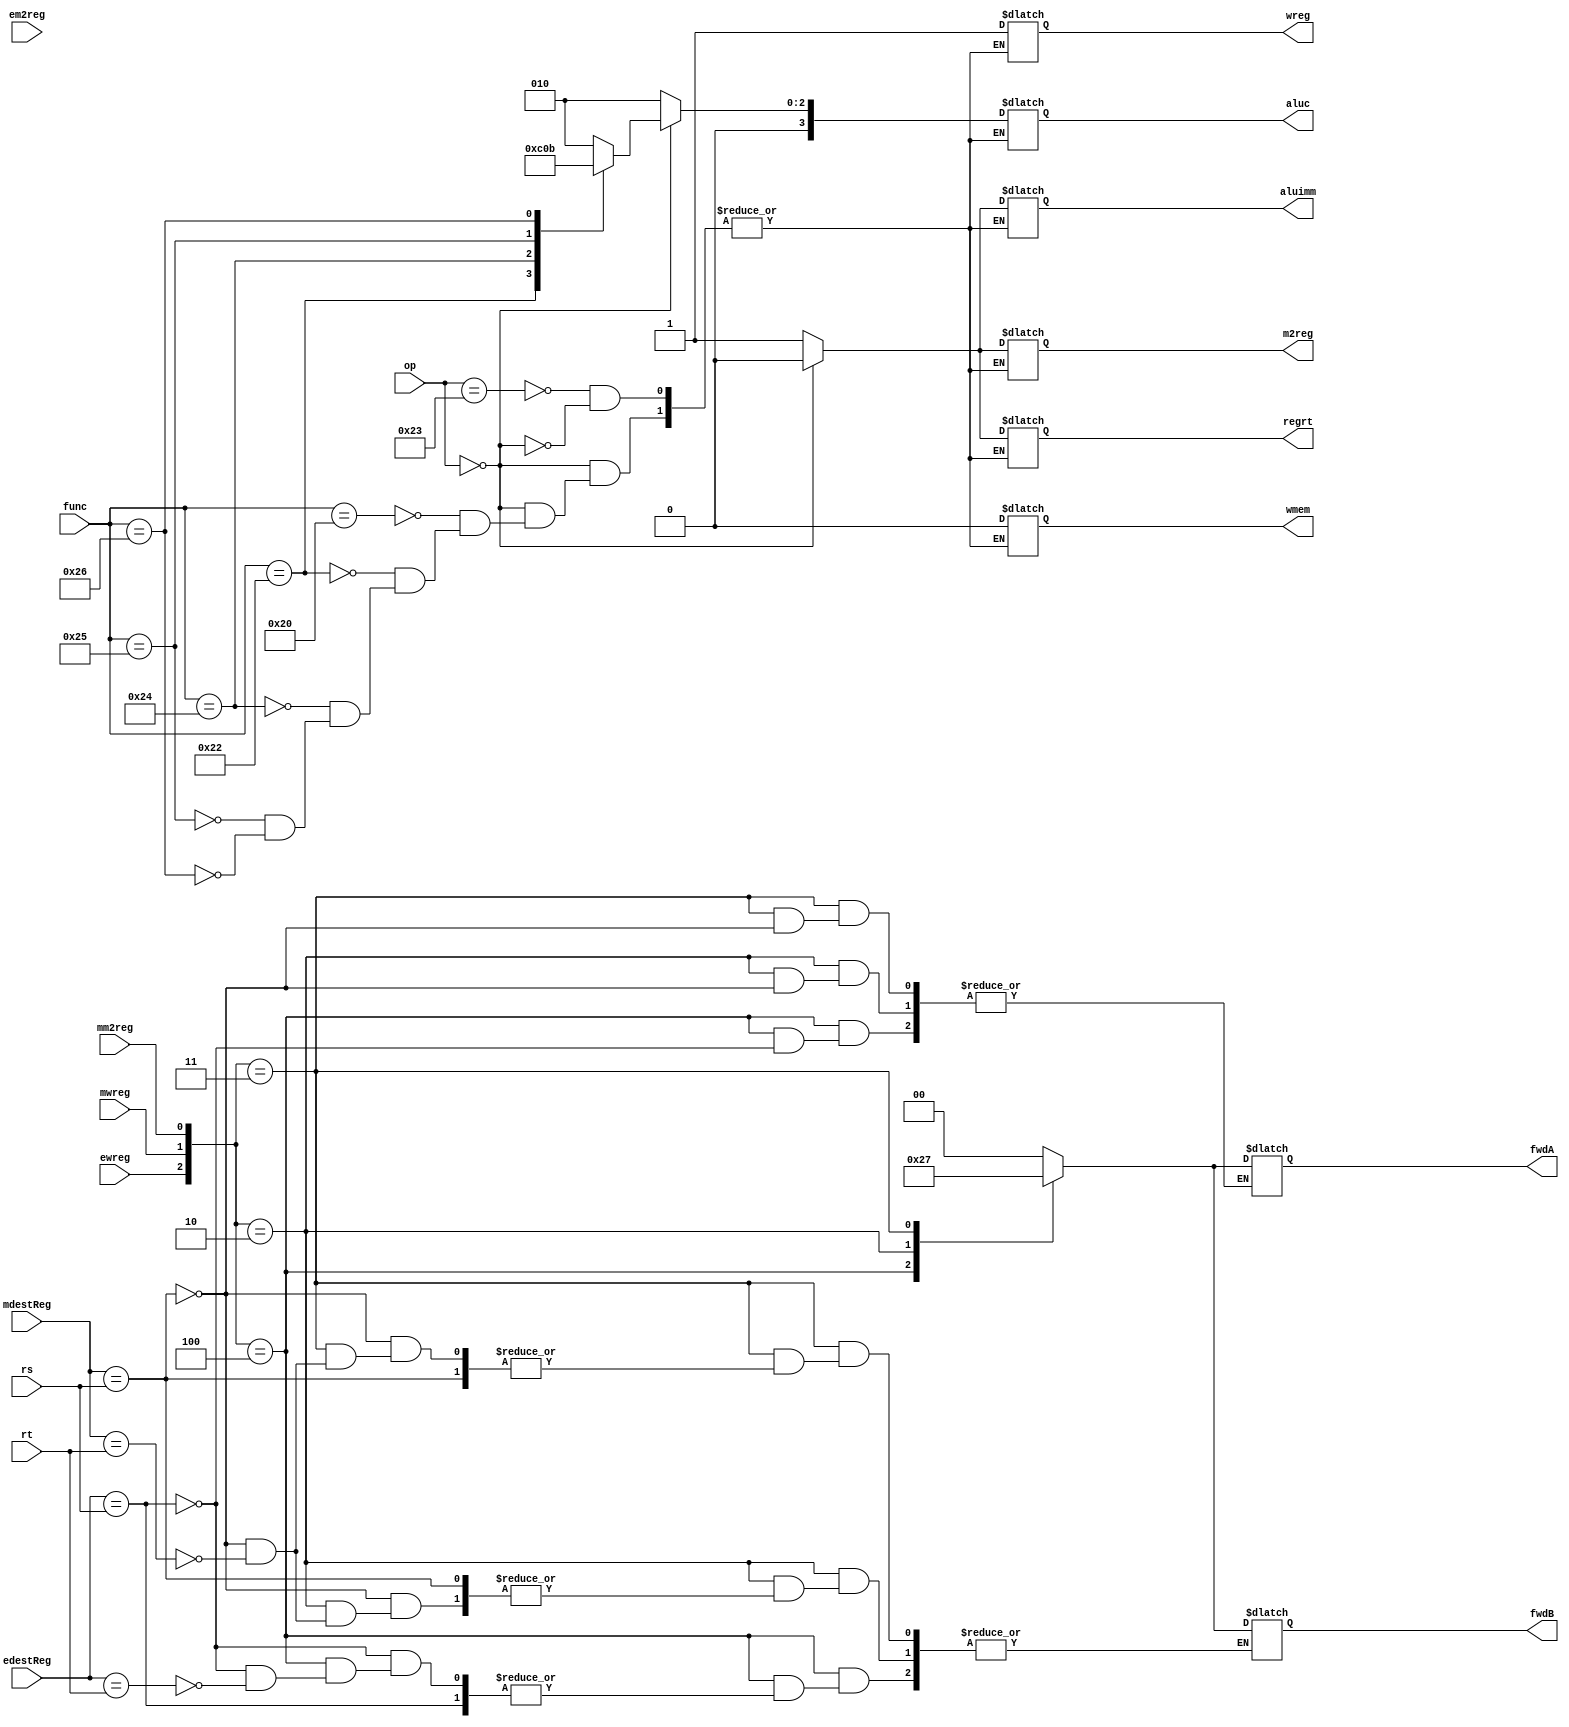
`timescale 1ns / 1ps
//////////////////////////////////////////////////////////////////////////////////
// School: PSU Main Campus
// Name: Justin Ngo
// 
// Project Name: Final Project Piplelined CPU
// Modules Contained: controlUnit, regMUX, fwdMUXA. fwdMUXB, e, IDEXE
//////////////////////////////////////////////////////////////////////////////////

// Module      : Control Unit
// Description : On signal change, set control signals based on op and func, set forwarding signals based on edestReg, mdestReg, and mm2reg
// Input(s)    : op, func, rs, rt, edestReg, ewreg, em2reg, mdestReg, mwreg, mm2reg
// Output(s)   : wreg, m2reg, wmem, aluc, aluimm, regrt, fwdA, fwdB
module controlUnit(
    input [5:0] op, 
    input [5:0] func,
    input [4:0] rs,
    input [4:0] rt,
    
    //exe stage signals
    input [4:0] edestReg,
    input ewreg,
    input em2reg,

    //mem stage signals
    input [4:0] mdestReg,
    input mwreg,
    input mm2reg,

    output reg wreg, 
    output reg m2reg, 
    output reg wmem, 
    output reg[3:0] aluc, 
    output reg aluimm, 
    output reg regrt,
    output reg [1:0] fwdA,
    output reg [1:0] fwdB);
                    
    //instruction checks
    always @(*) begin
        case(op)
            //lw
            6'b100011:
                begin
                    wreg = 1'b1;
                    m2reg = 1'b1;
                    wmem = 1'b0;
                    aluc = 4'b0010;
                    aluimm = 1'b1;
                    regrt  = 1'b1;
                end
            
            //r type
            6'b000000:

                //func values come from https://inst.eecs.berkeley.edu/~cs61c/resources/MIPS_help.html
                begin case(func)
                    //add
                    6'b100000:
                        begin
                            wreg = 1'b1;
                            m2reg = 1'b0;
                            wmem = 1'b0;
                            aluc = 4'b0010;
                            aluimm = 1'b0;
                            regrt  = 1'b0;
                        end
                    
                    //sub
                    6'b100010:
                        begin
                            wreg = 1'b1;
                            m2reg = 1'b0;
                            wmem = 1'b0;
                            aluc = 4'b0110;
                            aluimm = 1'b0;
                            regrt  = 1'b0;
                        end
                    
                    //and
                    6'b100100:
                        begin
                            wreg = 1'b1;
                            m2reg = 1'b0;
                            wmem = 1'b0;
                            aluc = 4'b0000;
                            aluimm = 1'b0;
                            regrt  = 1'b0;
                        end
                    
                    //or
                    6'b100101:
                        begin
                            wreg = 1'b1;
                            m2reg = 1'b0;
                            wmem = 1'b0;
                            aluc = 4'b0001;
                            aluimm = 1'b0;
                            regrt  = 1'b0;
                        end
                    
                    //xor
                    6'b100110:
                        begin
                            wreg = 1'b1;
                            m2reg = 1'b0;
                            wmem = 1'b0;
                            aluc = 4'b0011;
                            aluimm = 1'b0;
                            regrt  = 1'b0;
                        end                        
                    endcase 
                end
        endcase
    end

    //forwarding checks
    always @(*) begin
        case({ewreg, mwreg, mm2reg})
            // Case 1
            4'b100: begin
                if(edestReg == rs)
                    fwdA = 2'b10;
                else if(edestReg == rt)
                    fwdB = 2'b10;
            end
            // Case 2
            4'b010: begin
                if(mdestReg == rs)
                    fwdA = 2'b01;
                else if(mdestReg == rt)
                    fwdB = 2'b01;
            end
            // Case 3
            4'b011: begin
                if(mdestReg == rs)
                    fwdA = 2'b11;
                else if(mdestReg == rt)
                    fwdB = 2'b11;
            end
            // Default case
            default: begin
                fwdA = 2'b00;
                fwdB = 2'b00;
            end
        endcase
    end

endmodule 


// Module      : regMux 
// Description : Sets the value of destReg to either rt or rd based on regrt
// Input(s)    : rt, rd, regrt
// Output(s)   : destReg
module regMUX(input [4:0] rt, input [4:0] rd, input regrt, output reg[4:0] destReg);

    always @(*) begin
        //if regrt = 1, destReg = rt 
        case(regrt)
            1: destReg <= rt;
            0: destReg <= rd;
        endcase
    end 
endmodule


// Module      : Forward MUX A
// Description : Set muxAOut based on fdwa
// Input(s)    : fwda, qa, r, mr, mdo
// Output(s)   : muxAOut
module fwdMUXA(input [1:0] fwdA, input [31:0] qa, input [31:0] r, input [31:0] mr, input [31:0] mdo, output reg [31:0] muxAOut);
    
    always @(*) begin
        case(fwdA)
            2'b00: muxAOut <= qa;
            2'b01: muxAOut <= r;
            2'b10: muxAOut <= mr;
            2'b11: muxAOut <= mdo;
        endcase
    end
endmodule


// Module      : Forward MUX B
// Description : Set muxBOut based on fwdb
// Input(s)    : fwdb. qb, r, mr, mdo
// Output(s)   : muxBOut
module fwdMUXB(input [1:0] fwdB, input [31:0] qb, input [31:0] r, input [31:0] mr, input [31:0] mdo, output reg [31:0] muxBOut);
        
    always @(*) begin
        case(fwdB)
            2'b00: muxBOut <= qb;
            2'b01: muxBOut <= r;
            2'b10: muxBOut <= mr;
            2'b11: muxBOut <= mdo;
        endcase
    end
endmodule


// Module      : E (Sign Extend)
// Description : On signal change, set imm32 to sign extended imm
// Input(s)    : imm
// Output(s)   : imm32
module e(input [15:0] imm, output reg[31:0] imm32);
       
    //sets imm32 to imm
    always @(*)begin
        imm32 = {{16{imm[15]}}, imm[15:0]};
    end 

endmodule


// Module      : IDEXE (Instruction Decode Execute)
// Description : On positive clock edge, set all output signals to their respective input signals
// Input(s)    : Clock, wreg, m2reg, wmem, aluc, aluimm, destReg, muxAOut, muxBOut, imm32
// Output(s)   : Ewreg, em2reg, ewmem, ealuc, ealuimm, edestReg, eqa, eqb, eimm32
module IDEXE(
    input clk,

    input wreg,             output reg ewreg,
    input m2reg,            output reg em2reg,
    input wmem,             output reg ewmem,
    input [3:0] aluc,       output reg [3:0] ealuc,
    input aluimm,           output reg ealuimm,
    input [4:0] destReg,    output reg [4:0] edestReg,
    input [31:0] muxAOut,   output reg [31:0] eqa,
    input [31:0] muxBOut,   output reg [31:0] eqb,
    input [31:0] imm32,     output reg [31:0] eimm32);
        
    always @(posedge clk) begin
        ewreg <= wreg;
        em2reg <= m2reg;
        ewmem <= wmem;
        ealuc <= aluc;
        ealuimm <= aluimm; 
        edestReg <= destReg;
        eqa <= muxAOut;
        eqb <= muxBOut;
        eimm32 <= imm32;
    end 
endmodule